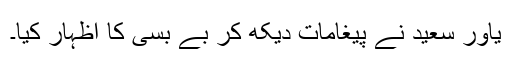
یاور سعید نے پیغامات دیکھ کر بے بسی کا اظہار کیا۔